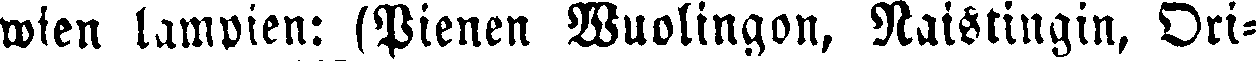
wien lampien: (Pienen Wuolingon, Naistingin, Ori-